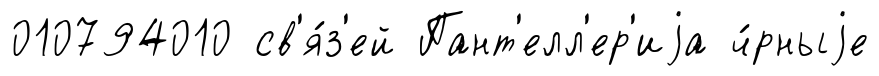
010794010 св'я́з'ей Пант'елл'ер'иjа ч́рныjе